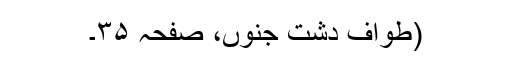
(طوافِ دشتِ جنوں، صفحہ ۳۵۔